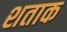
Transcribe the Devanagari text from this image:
शताक